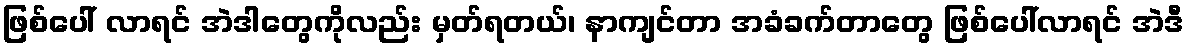
ဖြစ်ပေါ် လာရင် အဲဒါတွေကိုလည်း မှတ်ရတယ်၊ နာကျင်တာ အခံခက်တာတွေ ဖြစ်ပေါ်လာရင် အဲဒီ